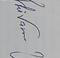
Signature authenticity: genuine